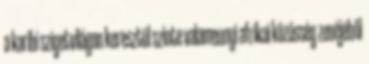
a karibi szigetvilágon keresztül szinte valamennyi afrikai közösség zenéjéből